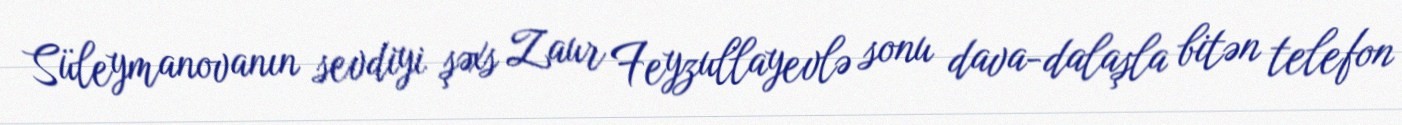
Süleymanovanın sevdiyi şəxs Zaur Feyzullayevlə sonu dava-dalaşla bitən telefon